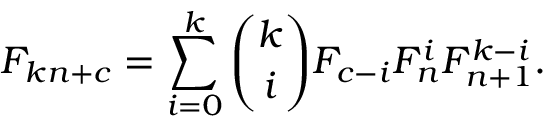
F _ { k n + c } = \sum _ { i = 0 } ^ { k } { \binom { k } { i } } F _ { c - i } F _ { n } ^ { i } F _ { n + 1 } ^ { k - i } .